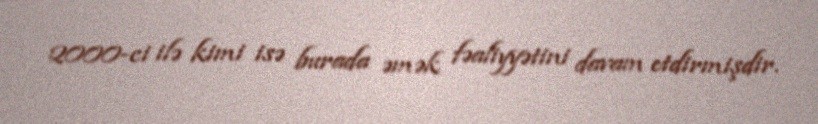
2000-ci ilə kimi isə burada əmək fəaliyyətini davam etdirmişdir.